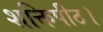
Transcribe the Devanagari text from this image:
शक्तिपीठ।